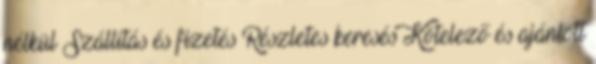
nélkül Szállítás és fizetés Részletes keresés Kötelező és ajánlott